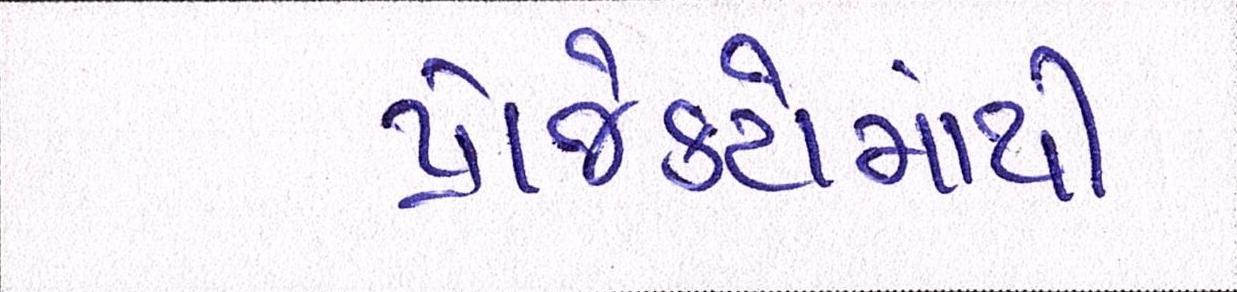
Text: પ્રોજેક્ટોમાંથી